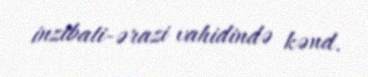
inzibati-ərazi vahidində kənd.